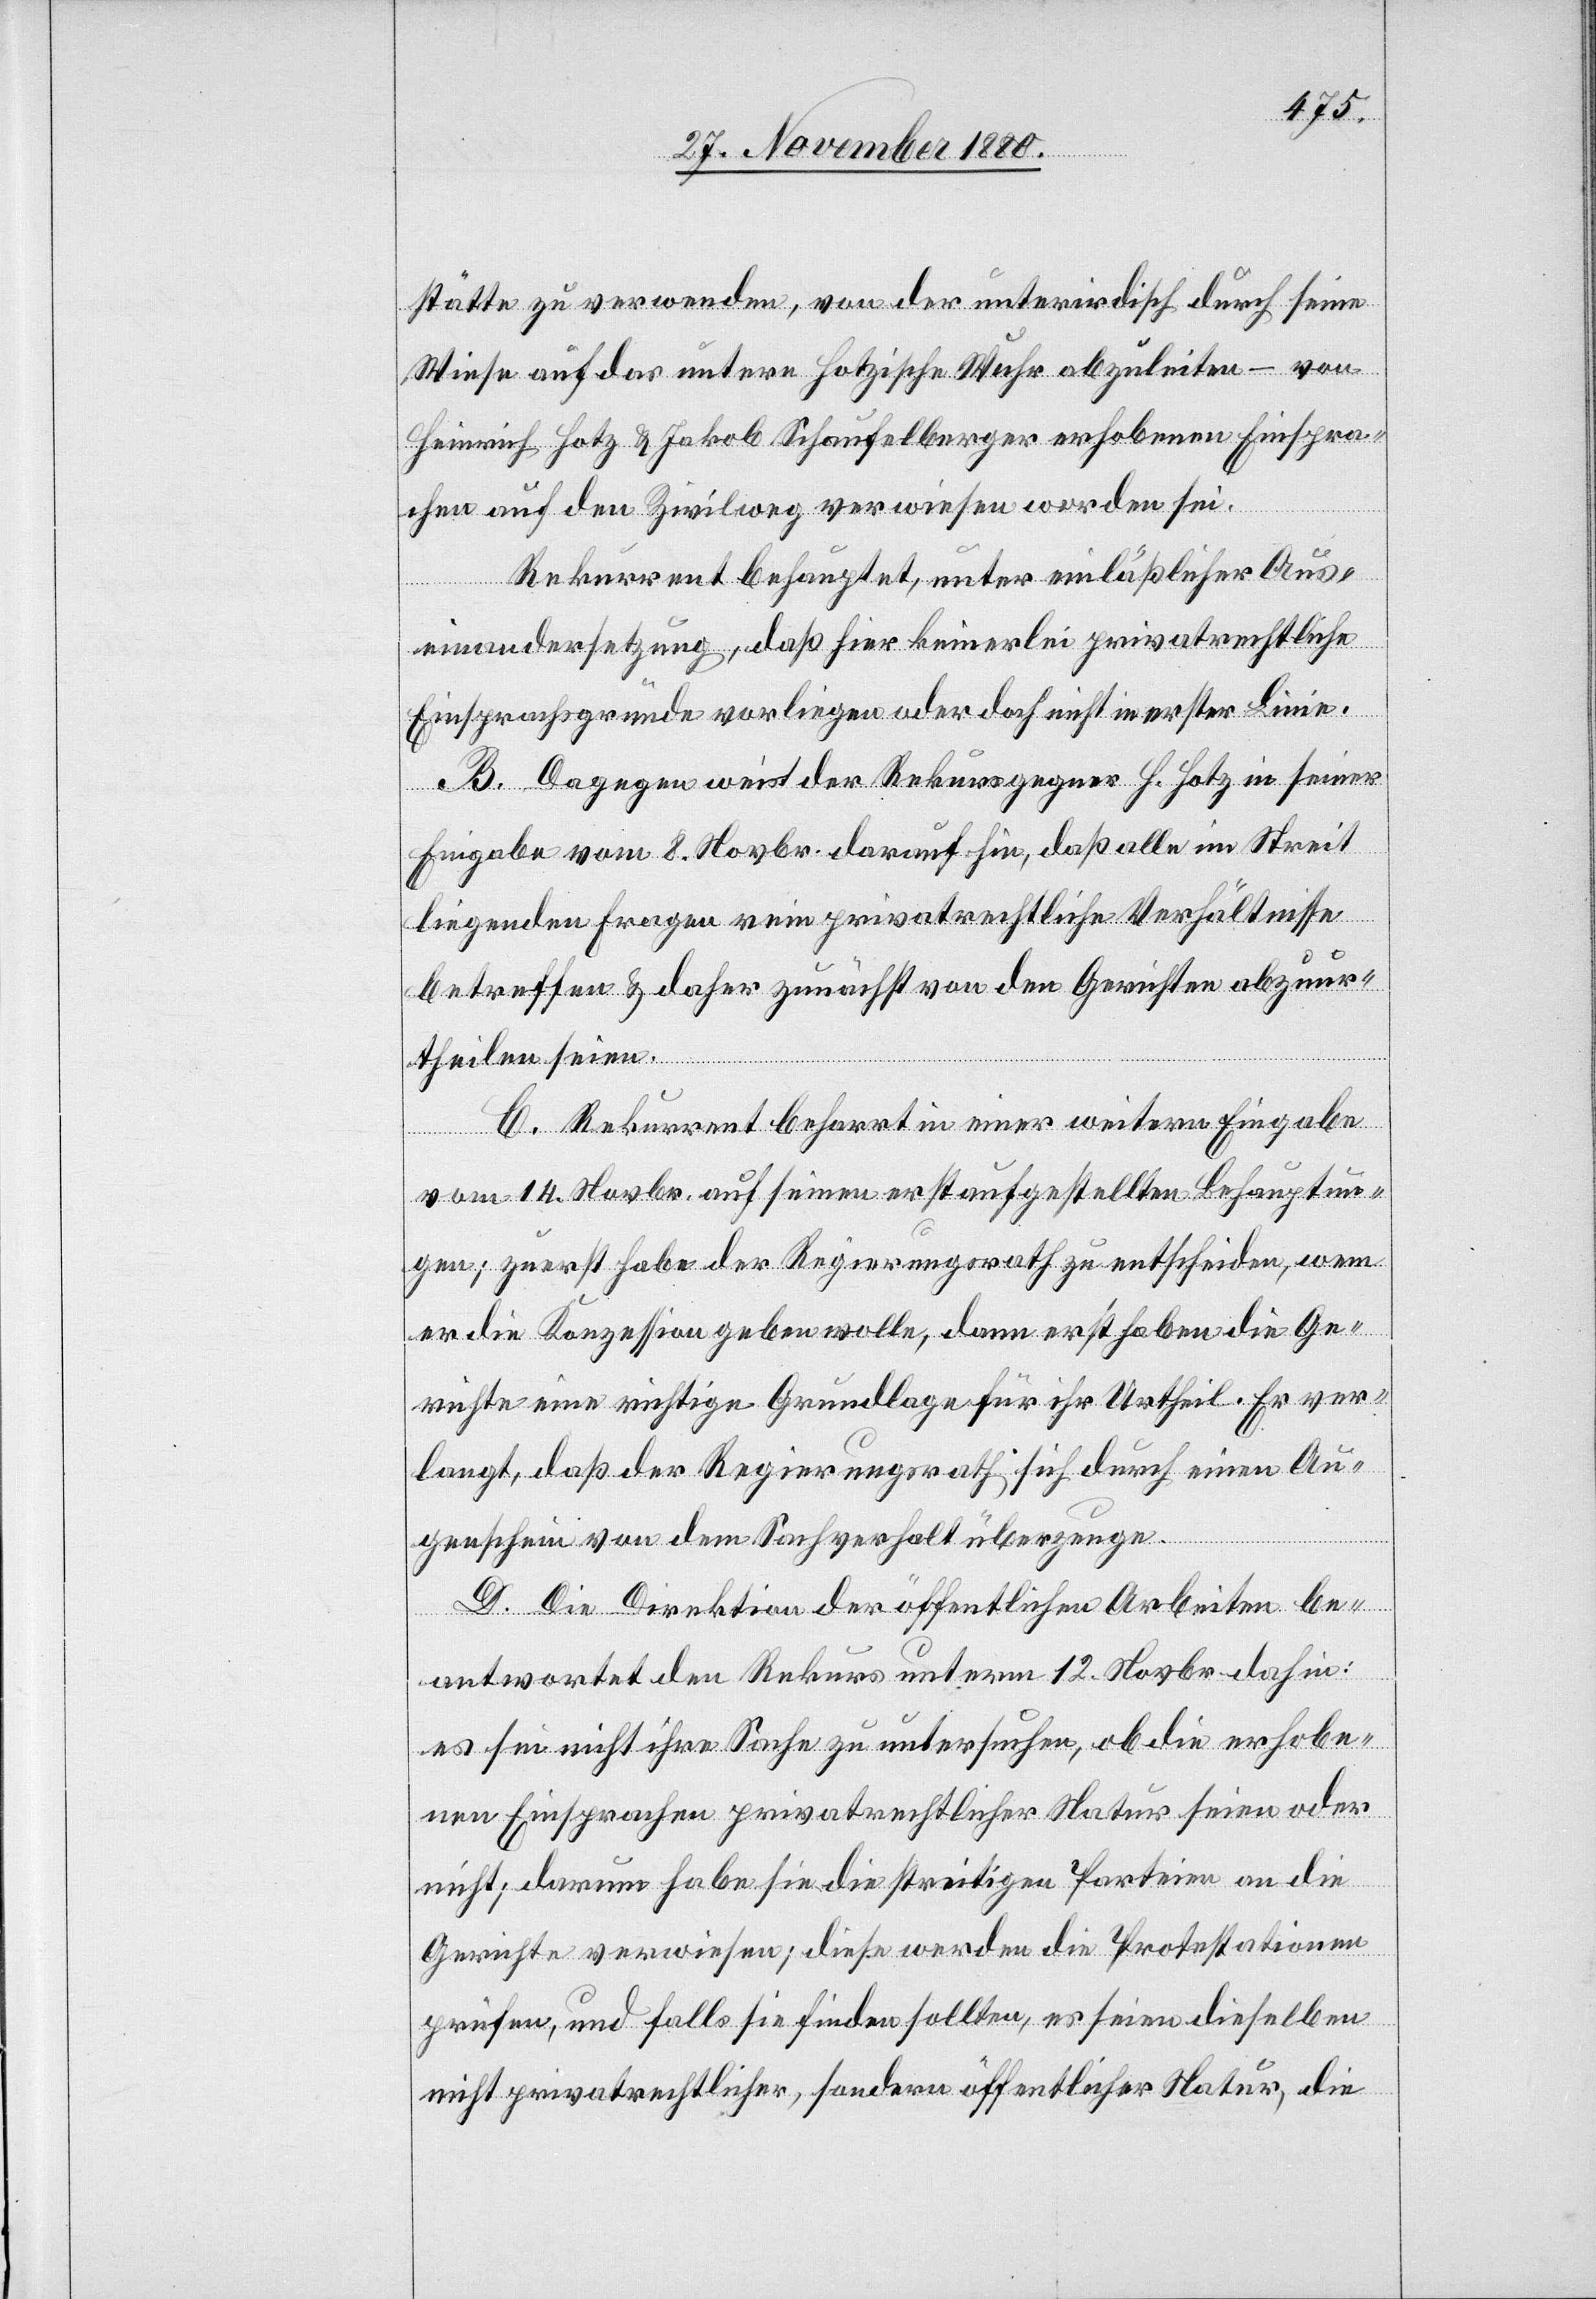
stätte zu verwenden, von der unterirdisch durch seine
Wiese auf das untere Hotzische Wuhr abzuleiten – von
Heinrich Hotz & Jakob Schaufelberger erhobenen Einspra¬
chen auf den Zivilweg verwiesen worden sei.
Rekurrent behauptet, unter einläßlicher Aus¬
einandersetzung, daß hier keinerlei privatrechtliche
Einsprachsgründe vorliegen oder doch nicht in erster Linie.
B. Dagegen weist der Rekursgegner H. Hotz in seiner
Eingabe vom 8. Novbr. darauf hin, daß alle im Streit
liegenden Fragen rein privatrechtliche Verhältnisse
betreffen & daher zunächst von den Gerichten abzuur¬
theilen seien.
C. Rekurrent beharrt in einer weitern Eingabe
vom 14. Novbr. auf seine erstaufgestellten Behauptun¬
gen; zuerst habe der Regierungsrath zu entscheiden, wem
er die Konzession geben wolle, dann erst haben die Ge¬
richte eine richtige Grundlage für ihr Urtheil. Er ver¬
langt, daß der Regierungsrath sich durch einen Au¬
genschein von dem Sachverhalt überzeuge.
D. Die Direktion der öffentlichen Arbeiten be¬
antwortet den Rekurs unterm 12. Novbr. dahin:
es sei nicht ihre Sache zu untersuchen, ob die erhobe¬
nen Einsprachen privatrechtlicher Natur seien oder
nicht; darum habe sie die streitigen Parteien an die
Gerichte verwiesen; diese werden die Protestationen
prüfen, und falls sie finden sollten, es seien dieselben
nicht privatrechtlicher, sondern öffentlicher Natur, die